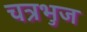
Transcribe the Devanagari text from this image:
चत्रभुज